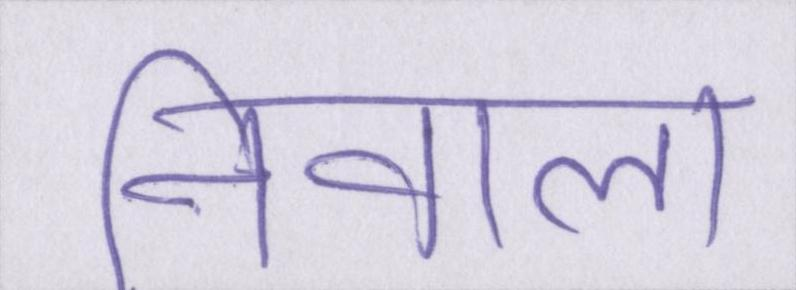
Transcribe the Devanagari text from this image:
निवाला